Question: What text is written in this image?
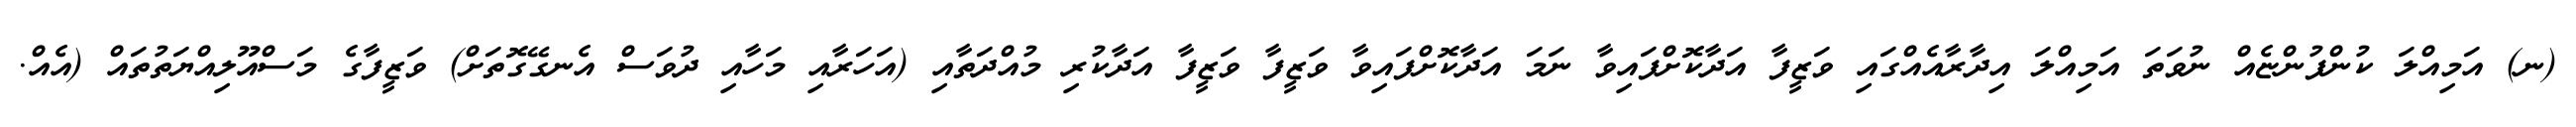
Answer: (ނ) އަމިއްލަ ކުންފުންޏެއް ނުވަތަ އަމިއްލަ އިދާރާއެއްގައި ވަޒީފާ އަދާކޮށްފައިވާ ނަމަ އަދާކޮށްފައިވާ ވަޒީފާ ވަޒީފާ އަދާކުރި މުއްދަތާއި (އަހަރާއި މަހާއި ދުވަސް އެނގޭގޮތަށް) ވަޒީފާގެ މަސްއޫލިއްޔަތުތައް (އެއް.